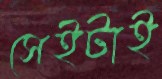
সেইটাই